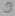
Text: 9